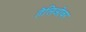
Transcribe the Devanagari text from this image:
हेलिओवर